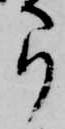
弓